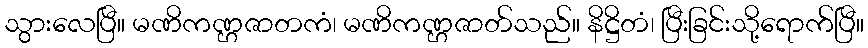
သွားလေပြီ။ မဏိကဏ္ဌဇာတကံ၊ မဏိကဏ္ဌဇာတ်သည်။ နိဋ္ဌိတံ၊ ပြီးခြင်းသို့ရောက်ပြီ။